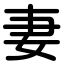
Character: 妻